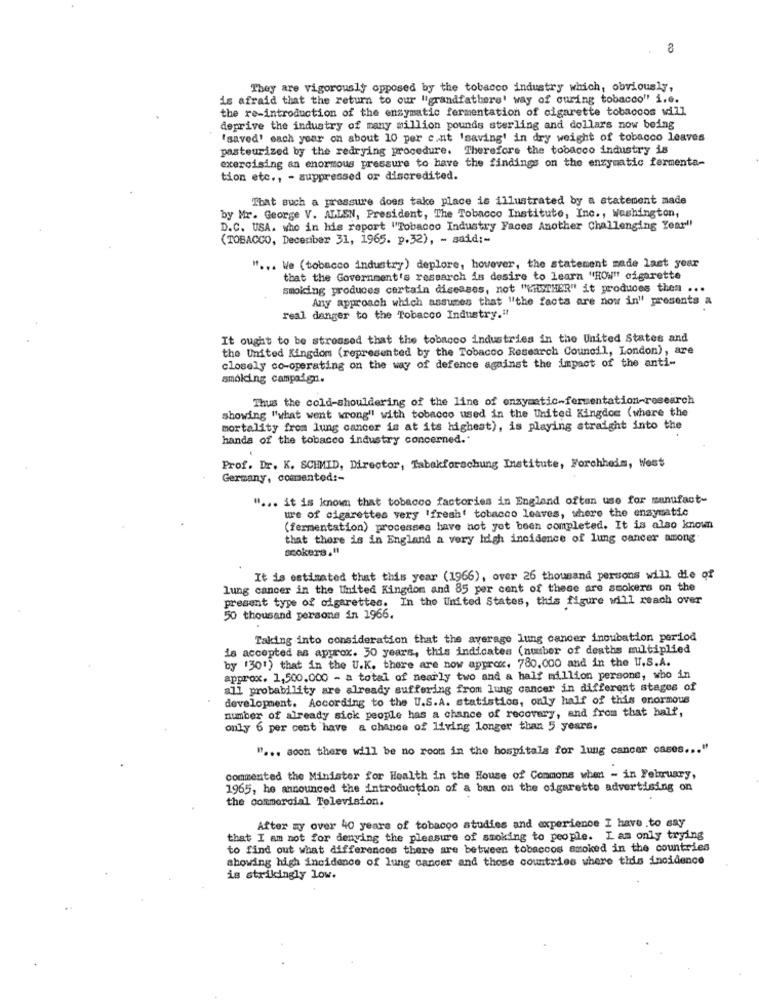
8
They are vigorously opposed by the tobacco industry which, obviously,
is afraid that the return to our "grandfathers' way of curing tobacco" i.e.
the re-introduction of the enzymatic fermentation of cigarette tobaccos will
deprive the industry of many million pounds sterling and dollars now being
"saved' each year on about 10 per c.nt 'saving' in dry weight of tobacco leaves
pasteurized by the redrying procedure. Therefore the tobacco industry is
exercising an enormous pressure to have the findings on the enzymatic fermenta-
tion etc ., - suppressed or discredited.
That such a pressure does take place is illustrated by a statement made
by Mr. George V. ALLEN, President, The Tobacco Institute, Inc ., Washington,
D.C. USA. who in his report "Tobacco Industry Faces Another Challenging Year"
(TOBACCO, December 31, 1965. p.32), - said :-
. .. We ( tobacco industry) deplore, however, the statement made last year
that the Government's research is desire to learn "ROW" cigarette
smoking produces certain diseases, not "HitsTHER" it produces thea ...
Any approach which assumes that "the facts are now in" presents a
real danger to the Tobacco Industry.if
It ought to be stressed that the tobacco industries in the United States and
the United Kingdom (represented by the Tobacco Research Council, London), are
closely co-operating on the way of defence against the impact of the anti-
smoking campaign.
Thus the cold-shouldering of the line of enzymatic-fermentation-research
showing "what went wrong" with tobacco used in the United Kingdom (where the
mortality from lung cancer is at its highest), is playing straight into the
handa of the tobacco industry concerned.'
Prof. Dr. K. SCHMID, Director, Tabakforschung Institute, Forchheim, West
Germany, comentod :-
" ... it is known that tobacco factories in England often use for munufact-
ure of cigarettes very 'fresh' tobacco leaves, where the enzymatic
(fermentation) processes have not yet been completed. It is also known
that there is in England a very high incidence of lung cancer among
scokers,"
It is estimated that this year (1966), over 26 thousand persons will die of
lung cancer in the United Kingdom and 85 per cent of these are smokers on the
present type of cigarettes. In the United States, this figure will reach over
50 thousand persone in 1966.
Taking into consideration that the average lung cancer incubation period
is accepted as approx. 30 years, this indicates (number of deaths multiplied
by '30') that in the U.K. there are now approx. 780,000 and in the U.S.A.
approx. 1,500.000 - a total of nearly two and a half million persone, who in
all probability are already suffering from lung cancer in different stages of
development. According to the U.S.A. statistics, only half of this enormous
number of already sick people has a chance of recovery, and from that half,
only 6 per cent have a chance of living longer than 5 years.
" ... soon there will be no room in the hospitals for lung cancer cases ... "
commented the Minister for Health in the House of Commons when - in February,
1965, he announced the introduction of a ban on the cigarette advertising on
the commercial Television.
After my over 40 years of tobacco studies and experience I have to say
that I am not for denving the pleasure of smoking to people. Lam only trying
to find out what differences there are between tobaccos amoked in the countries
showing high incidence of lung cancer and those countries where this incidence
is strikingly low.